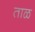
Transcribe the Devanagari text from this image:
ताळ